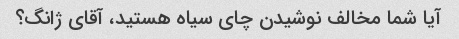
آیا شما مخالف نوشیدن چای سیاه هستید، آقای ژانگ؟